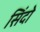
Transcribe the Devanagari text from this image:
सिंदो